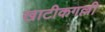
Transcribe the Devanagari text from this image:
खाटीकगल्ली